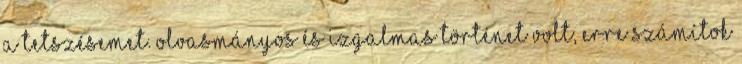
a tetszésemet. Olvasmányos és izgalmas történet volt, erre számítok